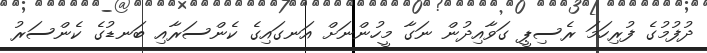
ދުފުމުގެ ފުރިހަމަ ރެސިޕީ ގަވާއިދުން ނަގާ މީހުންނަށް އަނގައިގެ ކެންސަރާއި ބަނޑުގެ ކެންސަރު